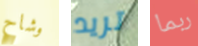
وشاح تريد ربما